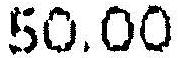
50.00